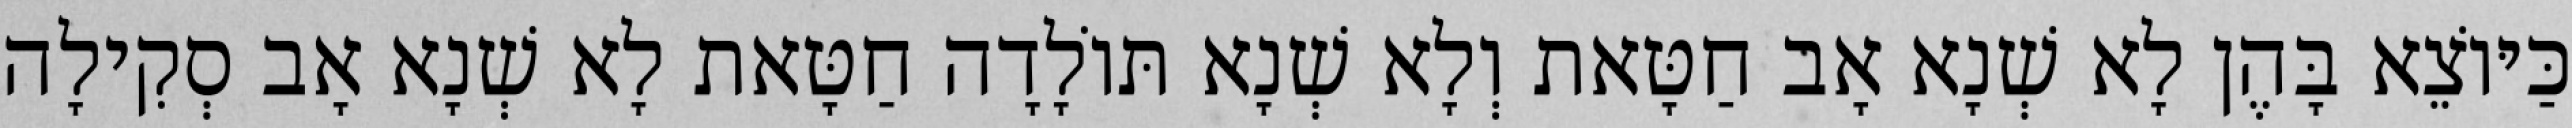
כַּיּוֹצֵא בָּהֶן לָא שְׁנָא אָב חַטָּאת וְלָא שְׁנָא תּוֹלָדָה חַטָּאת לָא שְׁנָא אָב סְקִילָה